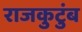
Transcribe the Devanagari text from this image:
राजकुटुंब